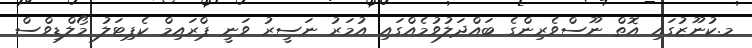
މ.ކުނޫޒުގައި އޮތް ނޫސްވެރިންގެ ބައްދަލުވުމެއްގައި އުމަރު ނަސީރު ވަނީ ޕްރައިމް ކެޕިޓަލު މޯލްޑިވްސް